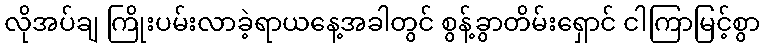
လိုအပ်ချ ကြိုးပမ်းလာခဲ့ရာယနေ့အခါတွင် စွန့်ခွာတိမ်းရှောင် ငါကြာမြင့်စွာ